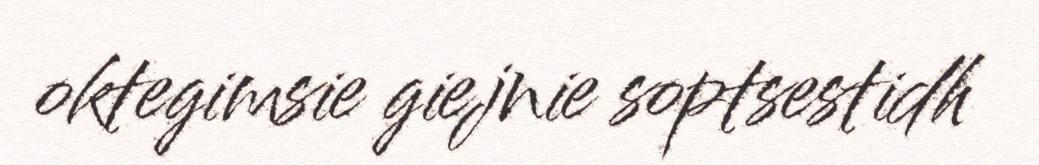
oktegimsie giejnie soptsestidh